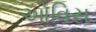
ઓવિસ